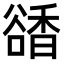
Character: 𧯅